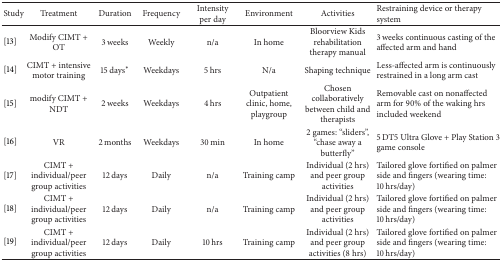
| Study | Treatment | Duration | Frequency | Intensity per day | Environment | Activities | Restraining device or therapy system |
 | --- | --- | --- | --- | --- | --- | --- | --- |
 | [13] | Modify CIMT + OT | 3 weeks | Weekly | n/a | In home | Bloorview Kids rehabilitation therapy manual | 3 weeks continuous casting of the affected arm and hand |
 | [14] | CIMT + intensive motor training | 15 days* | Weekdays | 5 hrs | N/a | Shaping technique | Less-affected arm is continuously restrained in a long arm cast |
 | [15] | modify CIMT + NDT | 2 weeks | Weekdays | 4 hrs | Outpatient clinic, home, playgroup | Chosen collaboratively between child and therapists | Removable cast on nonaffected arm for 90% of the waking hrs included weekend |
 | [16] | VR | 2 months | Weekdays | 30 min | In home | 2 games: “sliders”, “chase away a butterfly” | 5 DT5 Ultra Glove + Play Station 3 game console |
 | [17] | CIMT + individual/peer group activities | 12 days | Daily | n/a | Training camp | Individual (2 hrs) and peer group activities | Tailored glove fortified on palmer side and fingers (wearing time: 10 hrs/day) |
 | [18] | CIMT + individual/peer group activities | 12 days | Daily | n/a | Training camp | Individual (2 hrs) and peer group activities | Tailored glove fortified on palmer side and fingers (wearing time: 10 hrs/day) |
 | [19] | CIMT + individual/peer group activities | 12 days | Daily | 10 hrs | Training camp | Individual (2 hrs) and peer group activities (8 hrs) | Tailored glove fortified on palmer side and fingers (wearing time: 10 hrs/day) |